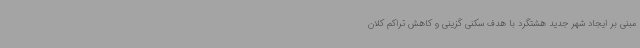
مبنی بر ایجاد شهر جدید هشتگرد با هدف سکنی گزینی و کاهش تراکم کلان